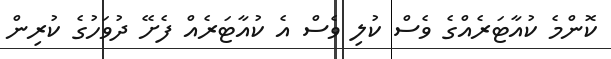
ކޮންމެ ކުއާޓަރެއްގެ ވެސް ކުލި ވެސް އެ ކުއާޓަރެއް ފެށޭ ދުވަހުގެ ކުރިން